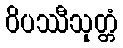
ဝိပဿီသုတ္တံ